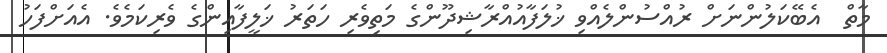
މާތް  އެބޭކަލުންނަށް ރުއްސުންލެއްވި ޚުލަފާއުއްރާޝިދޫންގެ މަތިވެރި ހަތަރު ޚަލީފާއިންގެ ވެރިކަމެވެ. އެއަށްފަހު